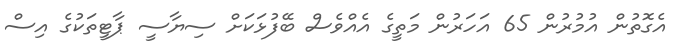
އެގޮތުން އުމުރުން 65 އަހަރުން މަތީގެ އެއްވެސް ބޭފުޅަކަށް ސިޔާސީ ޕާޓީތަކުގެ އިސް